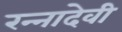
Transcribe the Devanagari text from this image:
रन्‍नादेवी